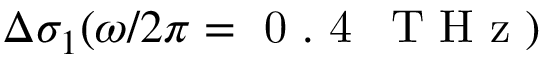
\Delta \sigma _ { 1 } ( \omega / 2 \pi = \mathrm { ~ 0 ~ . ~ 4 ~ \, ~ T ~ H ~ z ~ } )